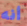
أنه